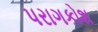
પરાગકોશ